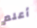
أعلم